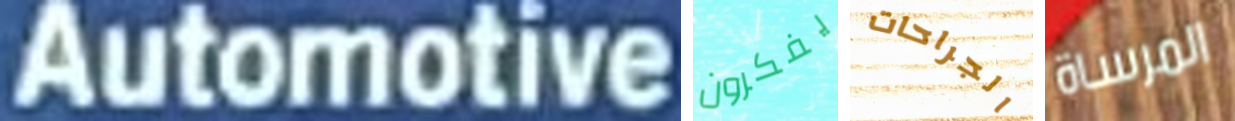
Automotive يفكرون الجراحات المرساة